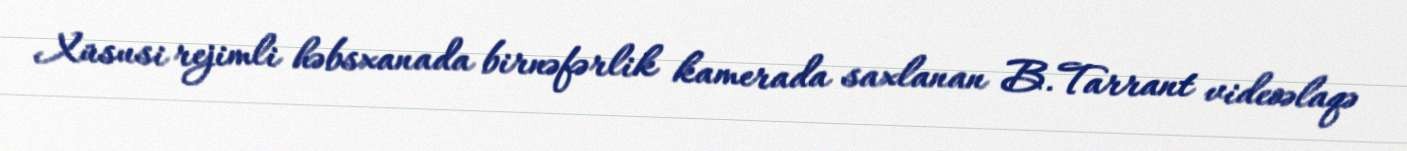
Xüsusi rejimli həbsxanada birnəfərlik kamerada saxlanan B.Tarrant videoəlaqə